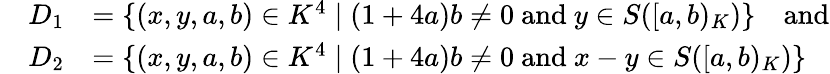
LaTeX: \begin{array}{rl}{D_{1}}&{=\lbrace(x,y,a,b)\in K^{4}\mid(1+4a)b\neq 0\mathrm{~and~}y\in S([a,b)_{K})\rbrace\quad\mathrm{and}}\\ {\quad D_{2}}&{=\lbrace(x,y,a,b)\in K^{4}\mid(1+4a)b\neq 0\mathrm{~and~}x-y\in S([a,b)_{K})\rbrace}\end{array}